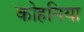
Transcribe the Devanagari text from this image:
कोहनिया